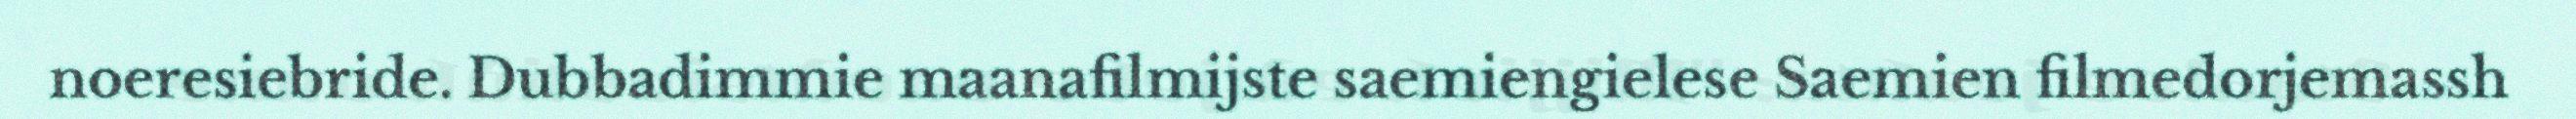
noeresiebride. Dubbadimmie maanafilmijste saemiengielese Saemien filmedorjemassh